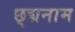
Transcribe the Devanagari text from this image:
छ्द्मनाम